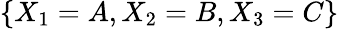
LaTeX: \{ X_{1}=A,X_{2}=B,X_{3}=C\}